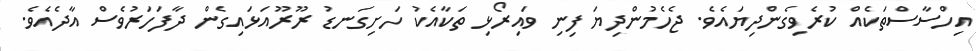
އިހްސާސްތަކެއް ކުރެވިގެންދިޔައެވެ. ޖެހެމުންދިޔަ ފިނި ވައިރޯޅި ތަކާއެކު ހަަށިގަނޑު ރޫރޫއަޅައިގެން ދާފަހަރުވެސް އާދެއެވެ.